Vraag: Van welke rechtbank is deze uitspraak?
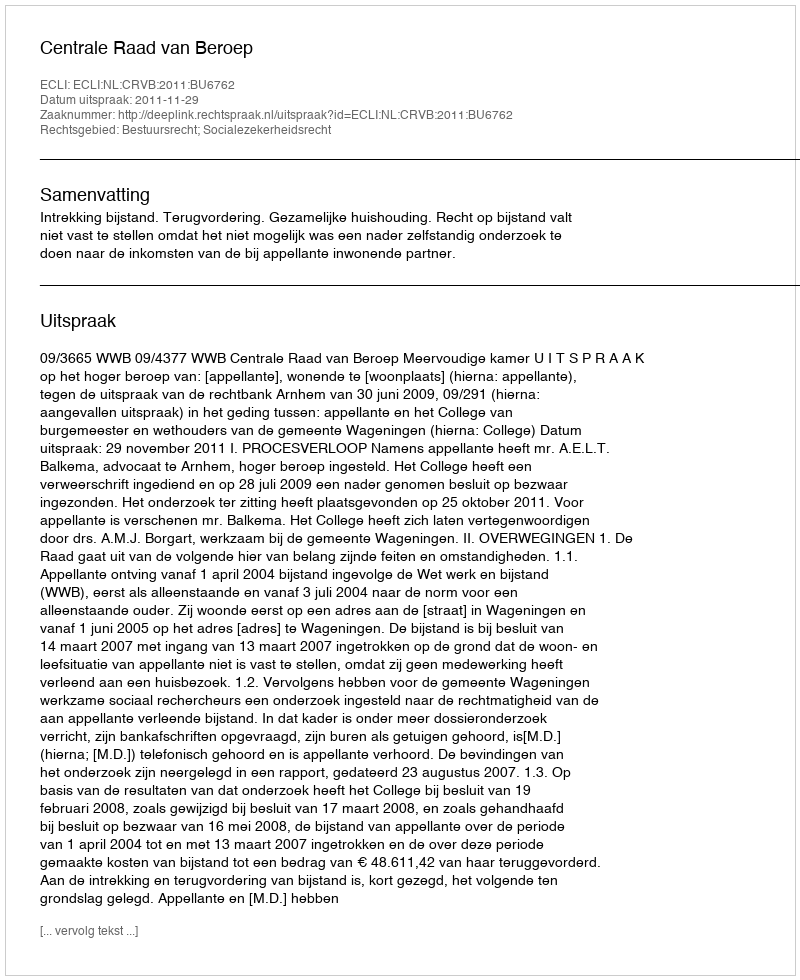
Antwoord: Centrale Raad van Beroep